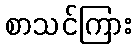
စာသင်ကြား